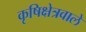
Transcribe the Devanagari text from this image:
कृषिक्षेत्रवाले